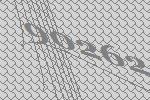
90262